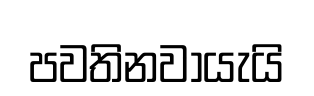
පවතිනවායැයි